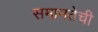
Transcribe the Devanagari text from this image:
समानतेची